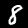
Label: 8